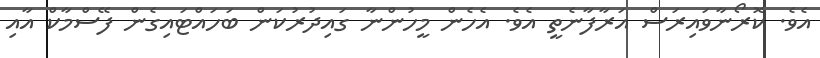
އެވެ. ކޮރޯނާވައިރަސް އަރާފާނެތީ އެވެ. އެހެން މީހުންނާ ގައިދުރުކަން ބަހައްޓައިގެން ފޭސްމާކް އާއި